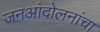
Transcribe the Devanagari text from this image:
जनआंदोलनांचा